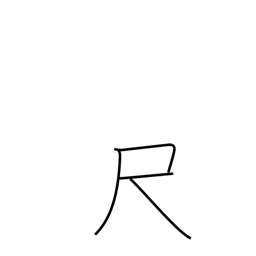
Meaning: scale